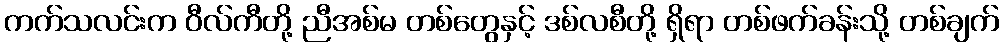
ကက်သလင်းက ဝီလ်ကီတို့ ညီအစ်မ တစ်တွေနှင့် ဒစ်လစီတို့ ရှိရာ တစ်ဖက်ခန်းသို့ တစ်ချက်